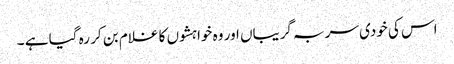
اس کی خودی سر بہ گریباں اور وہ خواہشوں کا غلام بن کر رہ گیا ہے ۔